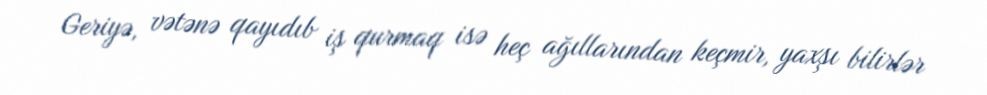
Geriyə, vətənə qayıdıb iş qurmaq isə heç ağıllarından keçmir, yaxşı bilirlər